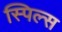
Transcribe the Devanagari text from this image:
स्पिल्स